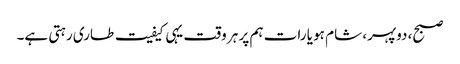
صبح، دوپہر، شام ہو یا رات ہم پر ہر وقت یہی کیفیت طاری رہتی ہے۔